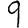
Digit: 9